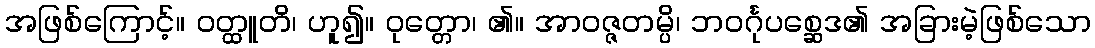
အဖြစ်ကြောင့်။ ဝတ္ထူတိ၊ ဟူ၍။ ဝုတ္တော၊ ၏။ အာဝဇ္ဇတမ္ပိ၊ ဘဝင်္ဂုပစ္ဆေဒ၏ အခြားမဲ့ဖြစ်သော